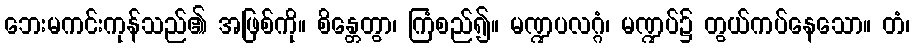
ဘေးမကင်းကုန်သည်၏ အဖြစ်ကို။ စိန္တေတွာ၊ ကြံစည်၍။ မဏ္ဍပလဂ္ဂံ၊ မဏ္ဍပ်၌ တွယ်ကပ်နေသော။ တံ၊